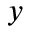
y